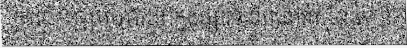
ការបាញ់ប្រហារនៅក្នុងផ្សារទំនើបនៅវ៉ាស៊ីនតោន